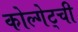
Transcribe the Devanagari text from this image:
कोल्गेट्ची